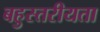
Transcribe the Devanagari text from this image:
बहुस्तरीयता